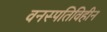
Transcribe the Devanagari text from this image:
वनस्पतिविहीन